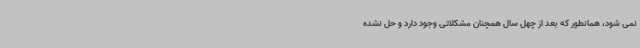
نمی شود، همانطور که بعد از چهل سال همچنان مشکلاتی وجود دارد و حل نشده